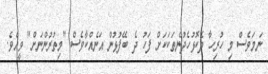
ނަމަވެސް މި ހުރިހާ ދެކޮޅުހެދުންތަކަކަށް ފަހު ދެ ބޭފުޅުން އަނެއްކާވެސް "މިތުރުންނަށް" ވީއެވެ.